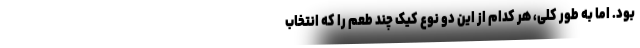
بود. اما به طور کلی، هر کدام از این دو نوع کیک چند طعم را که انتخاب